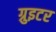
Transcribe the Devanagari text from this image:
ग्रुइटर